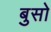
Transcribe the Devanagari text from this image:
बुसो